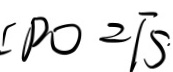
C P O = \sqrt { 5 }